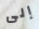
إلى